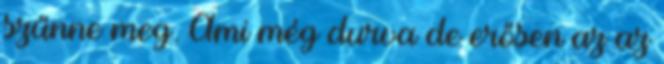
szűnne meg. Ami még durva de erősen az az